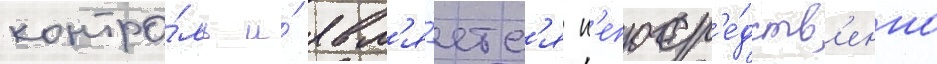
контро́ль и́ явл'я́етс'я н'епоср'е́дств'енно